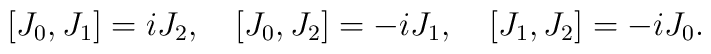
\left[ J_{0},J_{1}\right] =iJ_{2},\quad \left[ J_{0},J_{2}\right]=-iJ_{1},\quad \left[ J_{1},J_{2}\right] =-iJ_{0}.